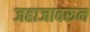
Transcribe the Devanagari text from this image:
जहाजावरून